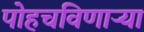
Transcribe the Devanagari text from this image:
पोहचविणाऱ्या